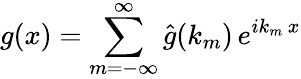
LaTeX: g(x)=\sum_{m=-\infty}^{\infty}\hat{g}(k_{m})\, e^{ik_{m}\, x}